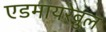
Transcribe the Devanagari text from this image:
एडमायरेबुल